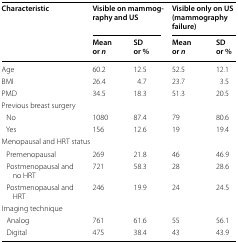
<table><thead><tr><td rowspan="2"><b>Characteristic</b></td><td colspan="2"><b>Visible on mammography and US</b></td><td colspan="2"><b>Visible only on US (mammography failure)</b></td></tr><tr><td><b>Mean or <i>n</i></b></td><td><b>SD or %</b></td><td><b>Mean or <i>n</i></b></td><td><b>SD or %</b></td></tr></thead><tbody><tr><td>Age</td><td>60.2</td><td>12.5</td><td>52.5</td><td>12.1</td></tr><tr><td>BMI</td><td>26.4</td><td>4.7</td><td>23.7</td><td>3.5</td></tr><tr><td>PMD</td><td>34.5</td><td>18.3</td><td>51.3</td><td>20.5</td></tr><tr><td colspan="5">Previous breast surgery</td></tr><tr><td> No</td><td>1080</td><td>87.4</td><td>79</td><td>80.6</td></tr><tr><td> Yes</td><td>156</td><td>12.6</td><td>19</td><td>19.4</td></tr><tr><td colspan="5">Menopausal and HRT status</td></tr><tr><td> Premenopausal</td><td>269</td><td>21.8</td><td>46</td><td>46.9</td></tr><tr><td> Postmenopausal and no HRT</td><td>721</td><td>58.3</td><td>28</td><td>28.6</td></tr><tr><td> Postmenopausal and HRT</td><td>246</td><td>19.9</td><td>24</td><td>24.5</td></tr><tr><td colspan="5">Imaging technique</td></tr><tr><td> Analog</td><td>761</td><td>61.6</td><td>55</td><td>56.1</td></tr><tr><td> Digital</td><td>475</td><td>38.4</td><td>43</td><td>43.9</td></tr></tbody></table>